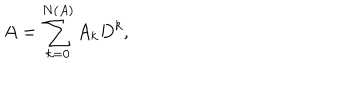
LaTeX: A = \sum _ { k = 0 } ^ { N ( A ) } A _ { k } D ^ { k } ,